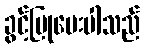
ခွင့်ပြုပေးပါသည်